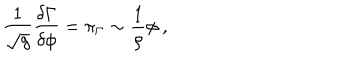
\frac 1 { \sqrt { g } } \frac { \delta \Gamma } { \delta \phi } = \pi _ { \Gamma } \sim \frac 1 \rho \phi ~ ,